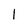
Character: 1